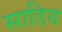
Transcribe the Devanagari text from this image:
साडिय